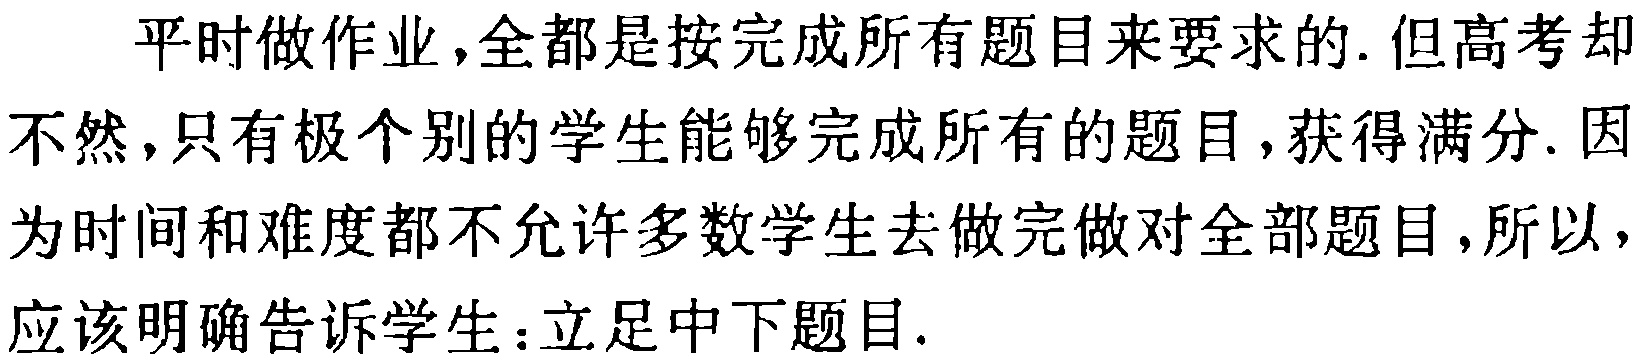
平时做作业，全都是按完成所有题目来要求的. 但高考却不然，只有极个别的学生能够完成所有的题目，获得满分. 因为时间和难度都不允许多数学生去做完做对全部题目，所以，应该明确告诉学生：立足中下题目.